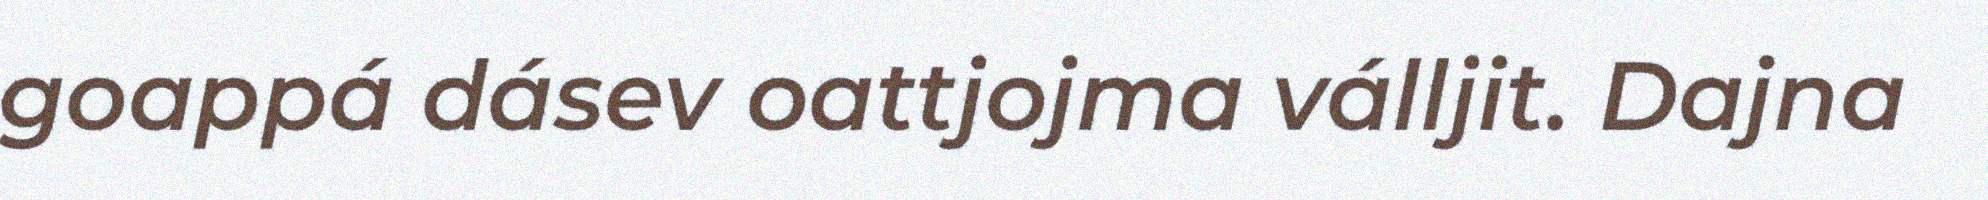
goappá dásev oattjojma válljit. Dajna